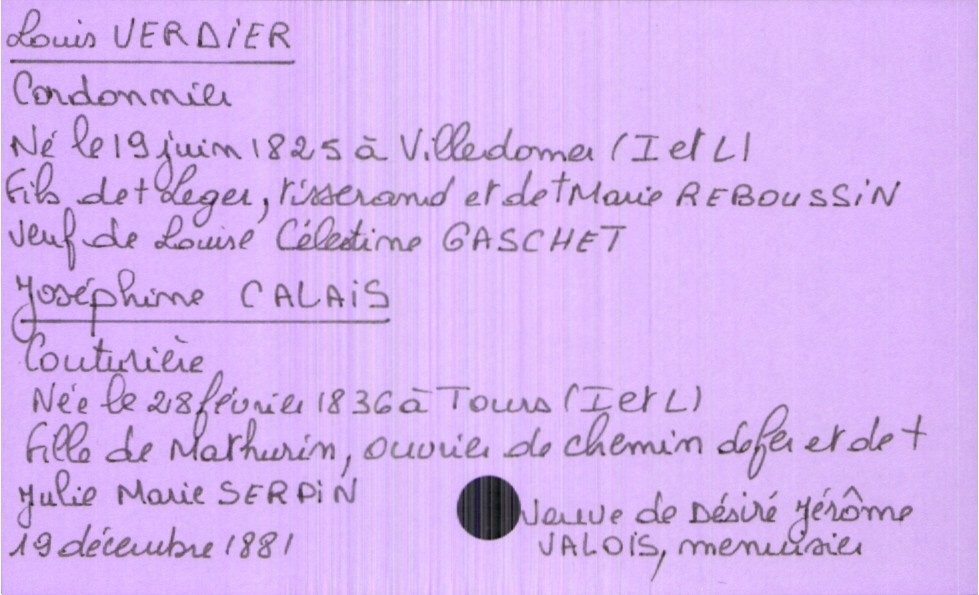
type_acte: Mariage
année: 1881
mois: décembre
jour: 19
marié_nom: Verdier
marié_prénom: Louis
marié_profession: cordonnier
marié_date_de_naissance: 19 juin 1825
marié_lieu_de_naissance: Villdomer (Indre et Loire)
marié_statut: veuf
père_marié_nom: Verdier
père_marié_prénom: Leger
père_marié_profession: tisserand
père_marié_statut: décédé
mère_marié_nom: Reboussin
mère_marié_prénom: Marie
mère_marié_statut: décédée
mariée_nom: Calais
mariée_prénom: Joséphine
mariée_profession: couturière
mariée_date_de_naissance: 28 février 1836
mariée_lieu_de_naissance: Tours (Indre et Loire)
mariée_statut: veuve
père_mariée_nom: Calais
père_mariée_prénom: Mathurin
père_mariée_profession: ouvrier de chemin de fer
mère_mariée_nom: Serpin
mère_mariée_prénom: Julie Marie
mère_mariée_statut: décédée